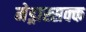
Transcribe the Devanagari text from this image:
मेड्रास्सक्क